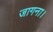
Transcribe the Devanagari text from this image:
जागना।